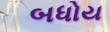
બધોય